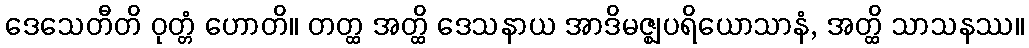
ဒေသေတီတိ ဝုတ္တံ ဟောတိ။ တတ္ထ အတ္ထိ ဒေသနာယ အာဒိမဇ္ဈပရိယောသာနံ, အတ္ထိ သာသနဿ။